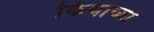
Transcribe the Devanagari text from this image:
कियाच्या